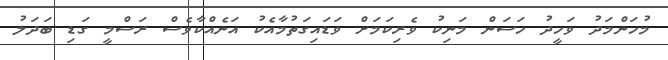
މުހަންމަދު ވަހީދު ހަސަން މަނިކު ވެރިކަމަށް ވަޑައިގަތުމާއެކު އަނެއްކާވެސް ރަސްމީ ގަޑި ބަދަލު